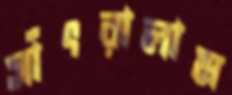
সাঁৎরালাম